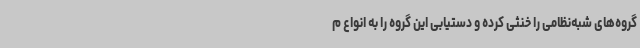
گروه‌های شبه‌نظامی را خنثی کرده و دستیابی این گروه‌ را به انواع م